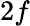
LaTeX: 2f